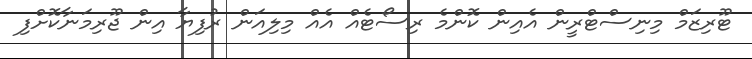
ޓޫރިޒަމް މިނިސްޓްރީން އެއިން ކޮންމެ ރިސޯޓެއް އެއް މިލިއަން ރުފިޔާ އިން ޖޫރިމަނާކޮށްފި